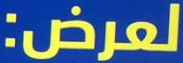
لعرض: